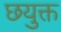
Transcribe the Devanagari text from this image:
छयुक्त